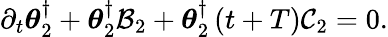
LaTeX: \partial_{t}\boldsymbol{\theta}_{2}^{\dagger}+\boldsymbol{\theta}_{2}^{\dagger}{\cal B}_{2}+\boldsymbol{\theta}_{2}^{\dagger}\left(t+T\right){\cal C}_{2}=0.